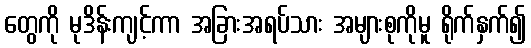
တွေကို မုဒိန်းကျင့်ကာ အခြားအရပ်သား အများစုကိုမူ ရိုက်နှက်၍